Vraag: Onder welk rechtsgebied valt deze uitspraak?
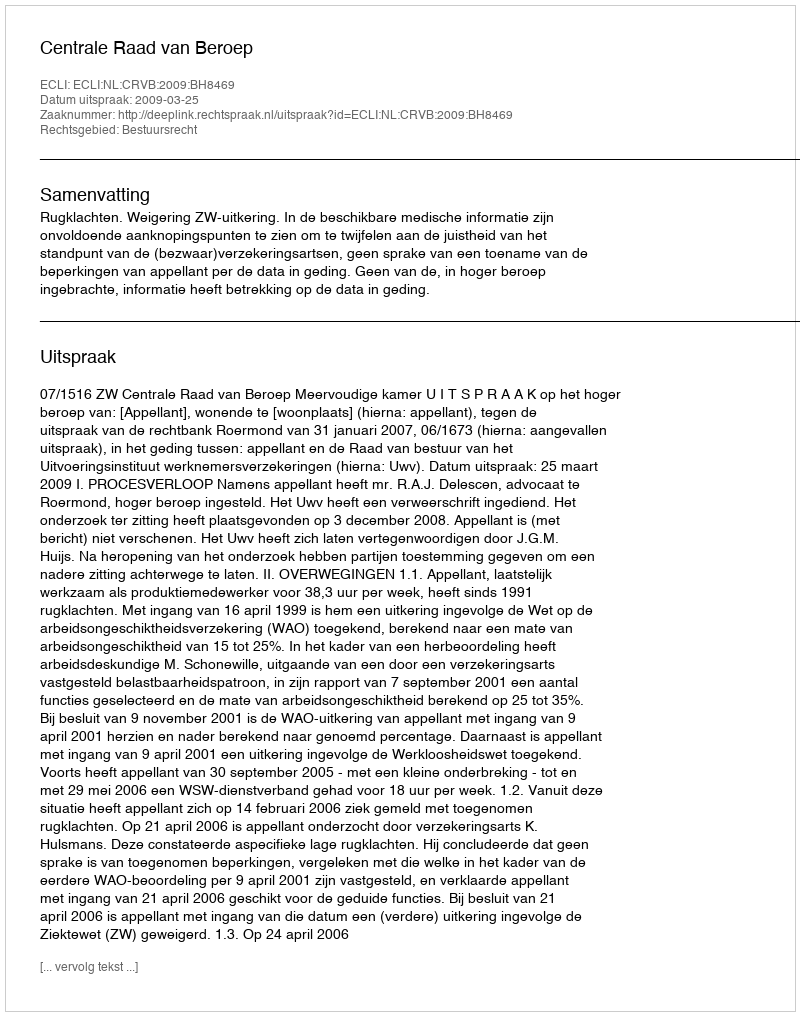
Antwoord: Bestuursrecht